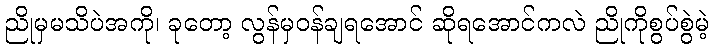
ညိုမှမသိပဲအကို၊ ခုတော့ လွန်မှဝန်ချရအောင် ဆိုရအောင်ကလဲ ညိုကိုစွပ်စွဲမဲ့